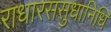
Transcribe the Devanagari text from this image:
राधारससुधानिधि